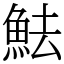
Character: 魼